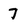
Character: 7